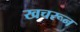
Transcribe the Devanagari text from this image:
खचरून